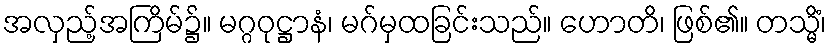
အလှည့်အကြိမ်၌။ မဂ္ဂဝုဋ္ဌာနံ၊ မဂ်မှထခြင်းသည်။ ဟောတိ၊ ဖြစ်၏။ တသ္မိံ၊